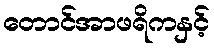
တောင်အာဖရိကနှင့်